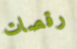
رقصات